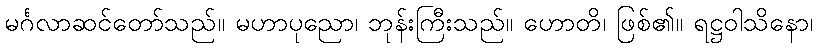
မင်္ဂလာဆင်တော်သည်။ မဟာပုညော၊ ဘုန်းကြီးသည်။ ဟောတိ၊ ဖြစ်၏။ ရဋ္ဌဝါသိနော၊